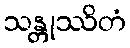
သန္တုဿိတံ